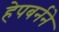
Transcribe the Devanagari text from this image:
हेपबर्नने